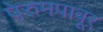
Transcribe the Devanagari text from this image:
पेरुमपावूर